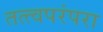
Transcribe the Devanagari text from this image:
तत्त्वपरंपरा